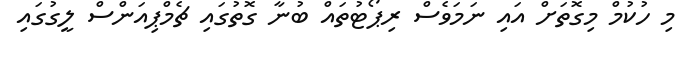
މި ހުކުމް މިގޮތަށް އައި ނަމަވެސް ރިޕޯޓުތައް ބުނާ ގޮތުގައި ޗެމްޕިއަންސް ލީގުގައި